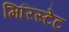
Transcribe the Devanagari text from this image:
मिरिस्टेट